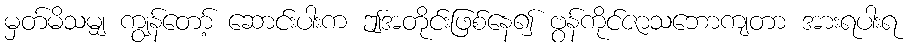
မှတ်မိသမျှ ကျွန်တော့် ဆောင်းပါးက ဤအတိုင်းဖြစ်နေ၍ ဗွန်ကိုင်ဇာသဘောကျတာ အားရပါးရ